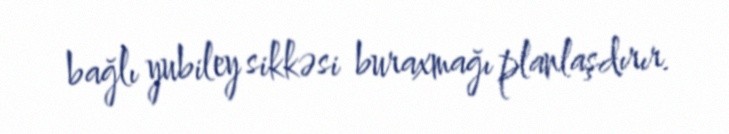
bağlı yubiley sikkəsi buraxmağı planlaşdırır.